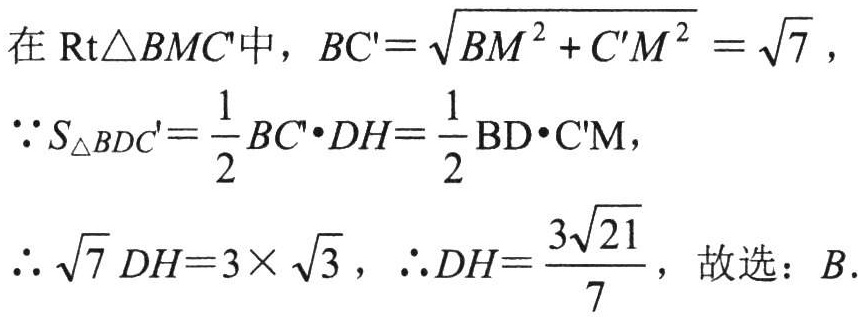
在$\text{Rt}\triangle BMC'$中，$BC' = \sqrt{BM^{2}+C'M^{2}}=\sqrt{7}$，

$\because S_{\triangle BDC'}=\dfrac{1}{2}BC'\cdot DH=\dfrac{1}{2}\text{BD}\cdot\text{C'M}$，

$\therefore \sqrt{7}DH = 3\times\sqrt{3}$，$\therefore DH=\dfrac{3\sqrt{21}}{7}$，故选：$B$.